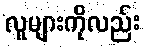
လူများကိုလည်း